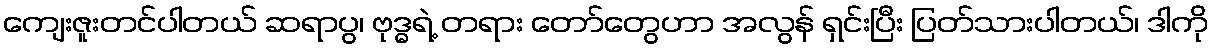
ကျေးဇူးတင်ပါတယ် ဆရာပွ၊ ဗုဒ္ဓရဲ့ တရား တော်တွေဟာ အလွန် ရှင်းပြီး ပြတ်သားပါတယ်၊ ဒါကို